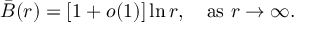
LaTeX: \bar { B } ( r ) = [ 1 + o ( 1 ) ] \ln r , \quad \mathrm { a s \ } r \to \infty .